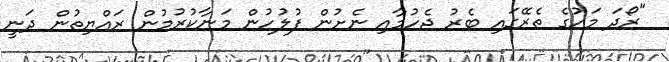
"ރޯދަ މަހުގެ ތެރޭގައި ބެރު ޖެހުމާއި ނެށުން ފުލުހުން މަނާކުރުމުން ރައްޔިތުން ދަނީ